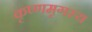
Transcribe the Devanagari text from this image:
कृष्णमृगस्य